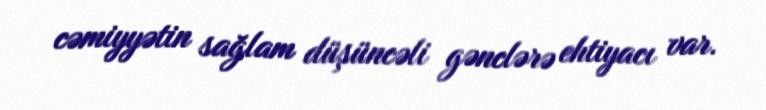
cəmiyyətin sağlam düşüncəli gənclərə ehtiyacı var.